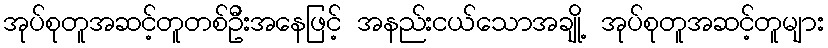
အုပ်စုတူအဆင့်တူတစ်ဦးအနေဖြင့် အနည်းငယ်သောအချို့ အုပ်စုတူအဆင့်တူများ